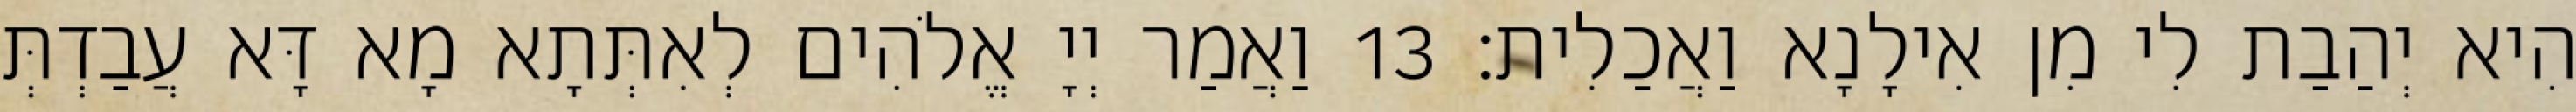
הִיא יְהַבַת לִי מִן אִילָנָא וַאֲכַלִית׃ 13 וַאֲמַר יְיָ אֱלֹהִים לְאִתְּתָא מָא דָּא עֲבַדְתְּ